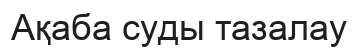
Ақаба суды тазалау